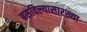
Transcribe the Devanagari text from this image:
बसविल्यासारख्या